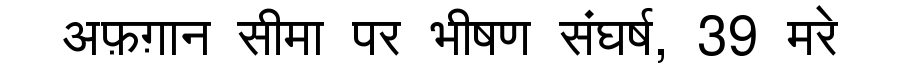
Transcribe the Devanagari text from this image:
अफ़ग़ान सीमा पर भीषण संघर्ष, 39 मरे